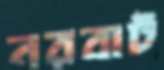
নরবাট